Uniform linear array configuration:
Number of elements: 32
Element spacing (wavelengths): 0.75
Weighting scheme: uniform
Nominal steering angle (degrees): -45
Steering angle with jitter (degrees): -45.482
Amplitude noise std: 0.05
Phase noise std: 0.05

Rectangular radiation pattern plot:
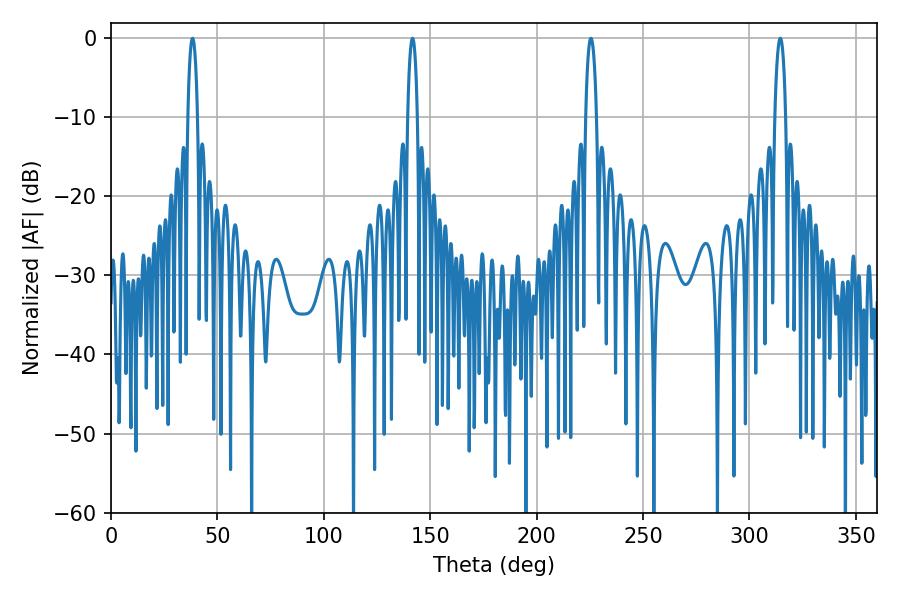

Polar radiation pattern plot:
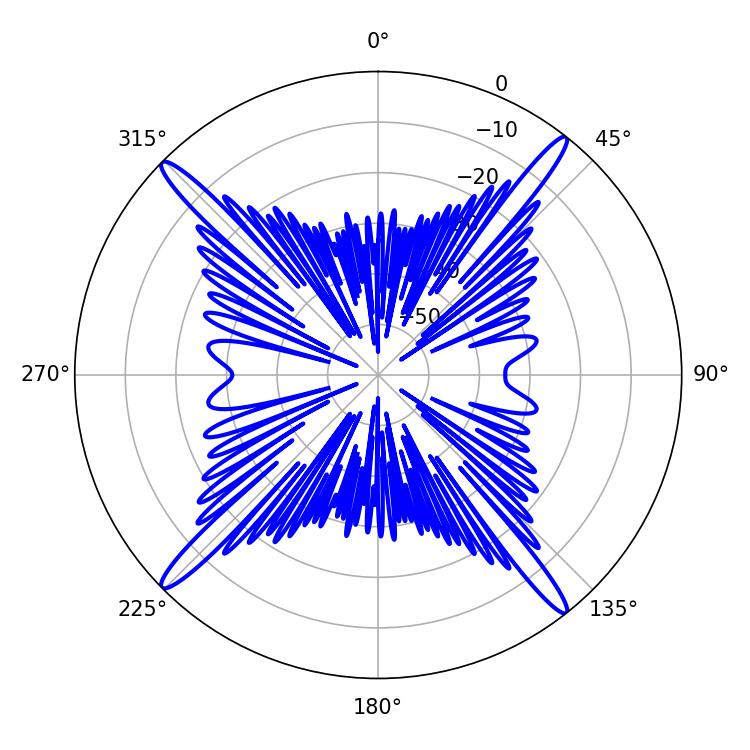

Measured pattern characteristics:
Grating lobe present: TRUE
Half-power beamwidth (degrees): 2.52
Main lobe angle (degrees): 38.34